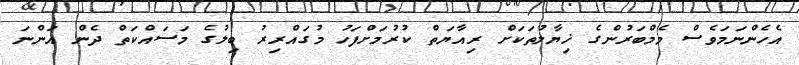
އެހެންނަމަވެސް މެމްބަރުންގެ ޚިޔާލުތަކަށް ރިއާޔަތް ކުރުމަށްފަހު މުގައްރިރު ބިލުގެ މަސައްކަތް ދެން އަންނަ